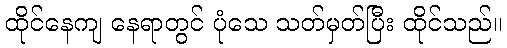
ထိုင်နေကျ နေရာတွင် ပုံသေ သတ်မှတ်ပြီး ထိုင်သည်။